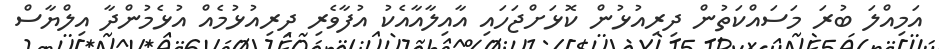
އަމިއްލަ ބުރަ މަސައްކަތުން ދިރިއުޅުން ކޮޅަށްޖަހައި އާއިލާއާއެކު އުފާވެރި ދިރިއުޅުމެއް އުޅެމުންދާ އިލްޔާސް